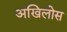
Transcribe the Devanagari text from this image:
अखिलोस